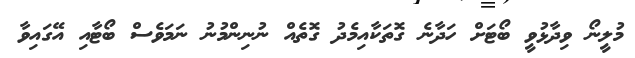
މުލީނޯ ވިދާޅުވީ ބޯޓަށް ހަދާނެ ގޮތަކާއިމެދު ގޮތެއް ނުނިންމުނު ނަމަވެސް ބޯޓާއި އޭގައިވާ